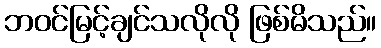
ဘဝင်မြင့်ချင်သလိုလို ဖြစ်မိသည်။